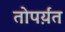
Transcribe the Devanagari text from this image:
तोपर्य़ंत